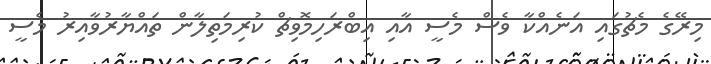
މިރޭގެ މެޗުގައި އަނެއްކާ ވެސް މެސީ އާއި އިބްރަހިމޮވިޗް ކުރިމަތިލާން ތައްޔާރުވާއިރު މެސީ